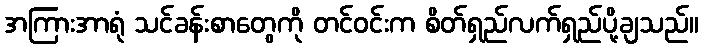
အကြားအာရုံ သင်ခန်းစာတွေကို တင်ဝင်းက စိတ်ရှည်လက်ရှည်ပို့ချသည်။